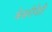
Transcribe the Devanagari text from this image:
केसरीनेही